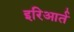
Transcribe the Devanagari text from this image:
इरिआर्त